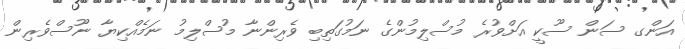
އަންގ ސަން ސޫކީ އަށްވުރެ މުސްލިމުންގެ ނަމުގަތިބި ވެރިންނާ މުސްލިމު ނަމެއްކިޔާ ނޫސްވެރިން